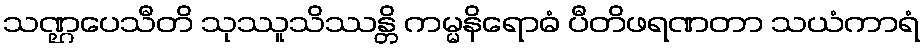
သဏ္ဌပေသီတိ သုဿူသိဿန္တိ ကမ္မနိရောဓံ ပီတိဖရဏတာ သယံကာရံ